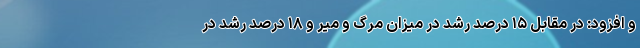
و افزود: در مقابل ۱۵ درصد رشد در میزان مرگ و میر و ۱۸ درصد رشد در